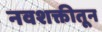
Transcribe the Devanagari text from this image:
नवशक्तीतून